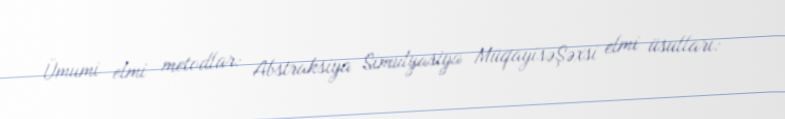
Ümumi elmi metodlar: Abstraksiya Simulyasiya MüqayisəŞəxsi elmi üsulları: